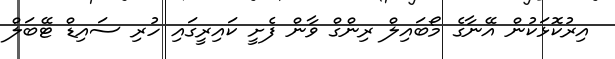
އިރުކޮޅަކުން އޭނާގެ މޯބައިލް ރިންގް ވާން ފެށީ ކައިރީގައި ހުރި ސައިޑް ޓޭބަލް